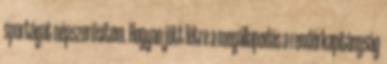
sportágat népszerűsítem. Hogyan jött létre a megállapodás a rendőrkapitányság